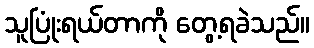
သူပြုံးရယ်တာကို တွေ့ရခဲသည်။